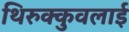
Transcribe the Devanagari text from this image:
थिरुक्कुवलाई